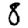
Digit: 8